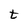
Character: t